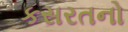
કસરતનો